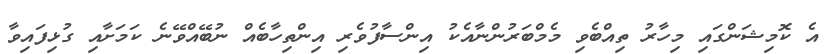
އެ ކޮމިޝަންގައި މިހާރު ތިއްބެވި މެމްބަރުންނާއެކު އިންސާފުވެރި އިންތިހާބެއް ނުބޭއްވޭނެ ކަމަށާއި ގުޅިފައިވާ